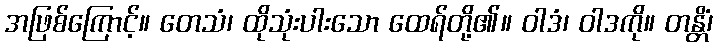
အဖြစ်ကြောင့်။ တေသံ၊ ထိုသုံးပါးသော ထေရ်တို့၏။ ဝါဒံ၊ ဝါဒကို။ တန္တိံ၊